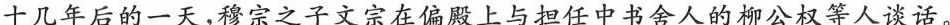
十几年后的一天，穆宗之子文宗在偏殿上与担任中书舍人的柳公权等人谈话。